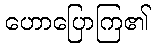
ဟောပြောကြ၏